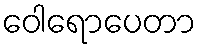
ဝေါရောပေတာ